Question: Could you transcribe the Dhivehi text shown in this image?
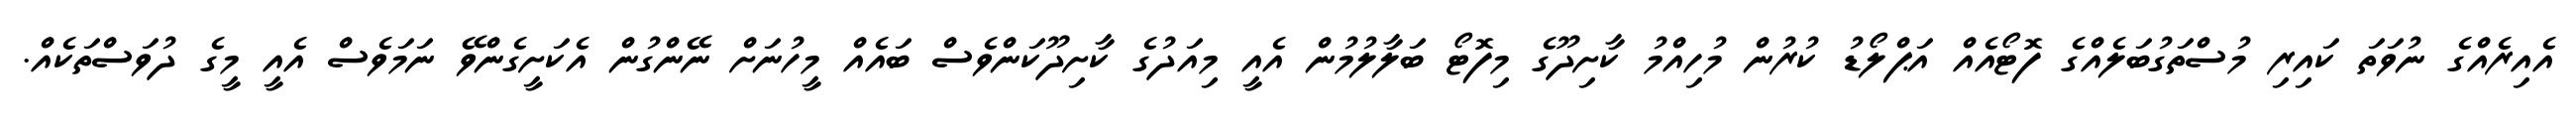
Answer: އެއިރެއްގެ ނުވަތަ ކައިރި މުސްތަގުބަލެއްގެ ފޮޓޯއެއް އަޕްލޯޑު ކުރުން މުހިއްމު ކާށިދޫގެ މިފޮޓޯ ބަލާލުމުން އެއީ މިއަދުގެ ކާށިދޫކަންވެސް ބައެއް މީހުނަށް ނޭންގުން އެކަށީގެންވޭ ނަމަވެސް އެއީ މީގެ ދުވަސްތަކެއް.